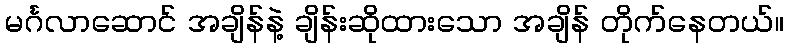
မင်္ဂလာဆောင် အချိန်နဲ့ ချိန်းဆိုထားသော အချိန် တိုက်နေတယ်။